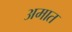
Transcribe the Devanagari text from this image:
अमात